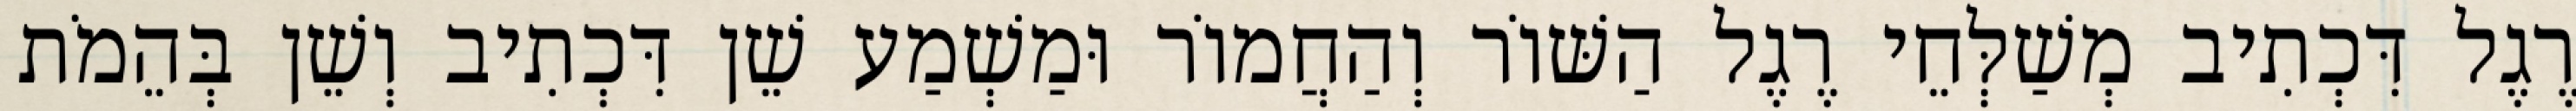
רֶגֶל דִּכְתִיב מְשַׁלְּחֵי רֶגֶל הַשּׁוֹר וְהַחֲמוֹר וּמַשְׁמַע שֵׁן דִּכְתִיב וְשֵׁן בְּהֵמֹת